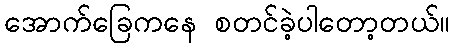
အောက်ခြေကနေ စတင်ခဲ့ပါတော့တယ်။